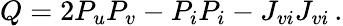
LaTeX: Q=2P_{u}P_{v}-P_{i}P_{i}-J_{vi}J_{vi}\, .